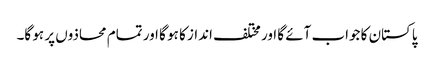
پاکستان کا جواب آئے گا اور مختلف انداز کا ہو گا اور تمام محاذوں پر ہو گا۔